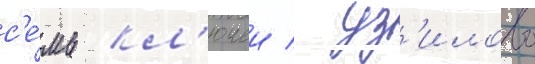
с'е́мь кл'ючеи / уз'илово